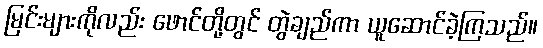
မြင်းများကိုလည်း ဖောင်တို့တွင် တွဲချည်ကာ ယူဆောင်ခဲ့ကြသည်။